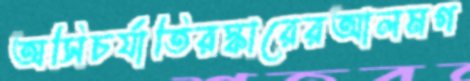
অসিচর্যাতিরস্কারেরআলমগ